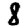
Digit: 8